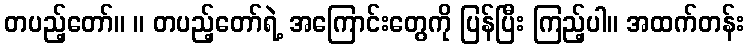
တပည့်တော်။ ။ တပည့်တော်ရဲ့ အကြောင်းတွေကို ပြန်ပြီး ကြည့်ပါ။ အထက်တန်း